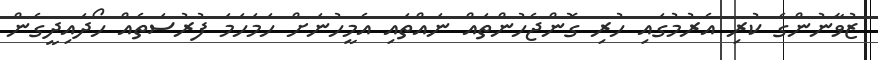
ޒުވާނުންގެ ކުރި އެރުމުގައި ހުރި ގޮންޖެހުންތައް ނައްތައި އެމީހުނަށް ހަމަހަމަ ފުރުސަތެއް ހޯދައިދީގެން